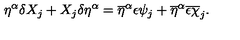
\eta ^ { \alpha } \delta X _ { j } + X _ { j } \delta \eta ^ { \alpha } = \overline { { \eta } } ^ { \alpha } \epsilon \psi _ { j } + \overline { { \eta } } ^ { \alpha } \overline { { \epsilon } } \overline { { \chi } } _ { j } .